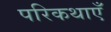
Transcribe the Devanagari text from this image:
परिकथाएँ